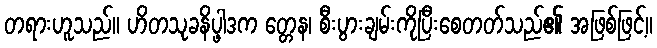
တရားဟူသည်။ ဟိတသုခနိပ္ဖါဒက တ္တေန၊ စီးပွားချမ်းကိုပြီးစေတတ်သည်၏ အဖြစ်ဖြင့်။